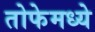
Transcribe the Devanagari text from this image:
तोफेमध्ये